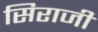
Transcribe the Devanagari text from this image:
सिराजी